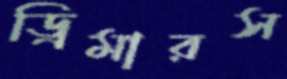
ড্রিমারস